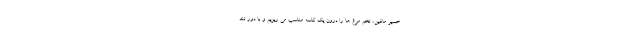
خمیر مافین، تخم مرغ ها را درون یک کاسه مناسب می ریزیم و با دور تند